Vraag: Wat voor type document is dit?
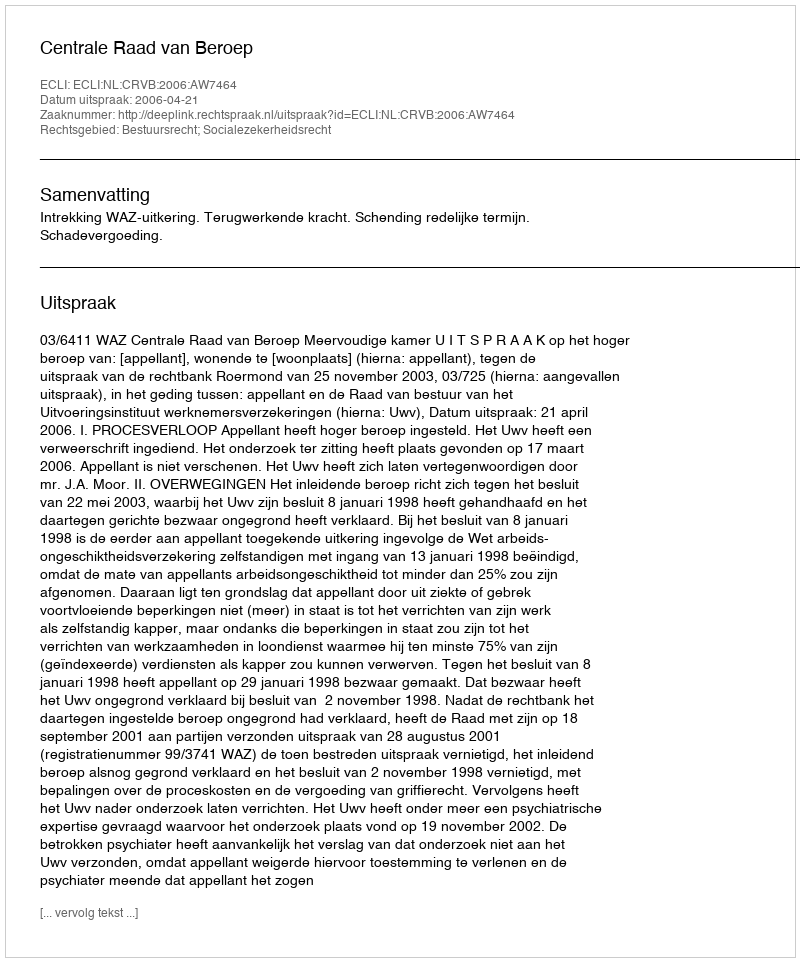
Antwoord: Uitspraak